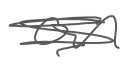
Text: on
Cross-out: mix
Writing tool: digital_gray